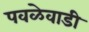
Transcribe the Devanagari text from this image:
पवळेवाडी